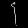
Digit: ၄